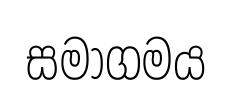
සමාගමය